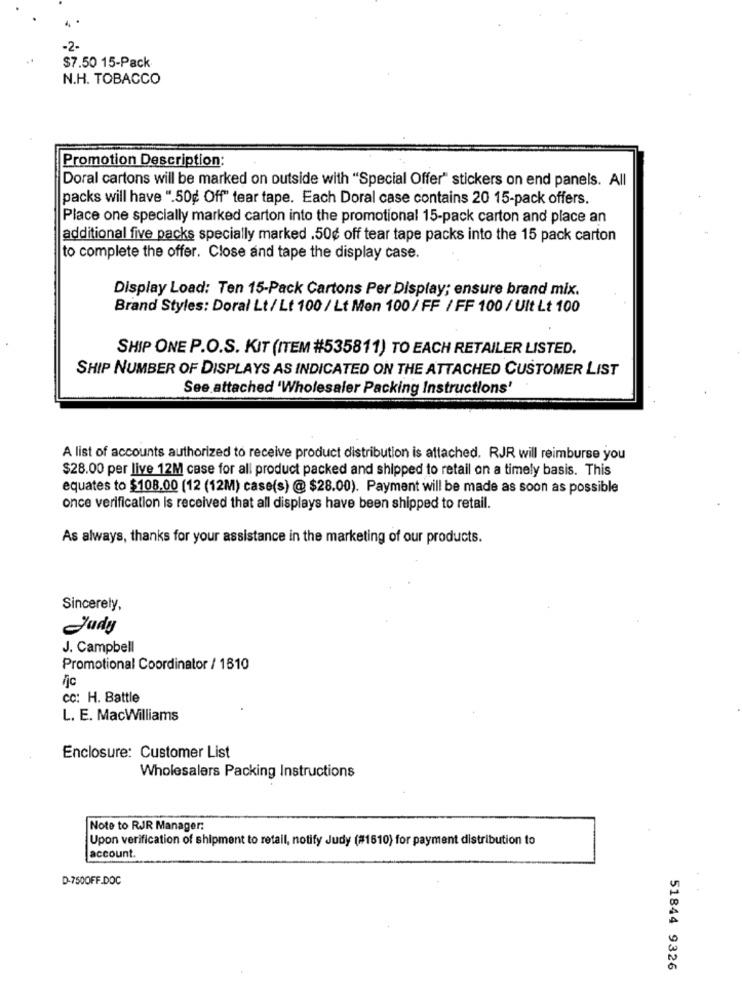
-2-
$7.50 15-Pack
N.H. TOBACCO
Promotion Description:
Doral cartons will be marked on outside with "Special Offer" stickers on end panels. All
packs will have ".50g Off" tear tape. Each Doral case contains 20 15-pack offers.
Place one specially marked carton into the promotional 15-pack carton and place an
additional five packs specially marked .50¢ off tear tape packs into the 15 pack carton
to complete the offer. Close and tape the display case.
Display Load: Ten 15-Pack Cartons Per Display; ensure brand mix.
Brand Styles: Doral Lt / Lt 100 / Lt Men 100 / FF / FF 100 / Ult Lt 100
SHIP ONE P.O.S. KIT (ITEM #535811) TO EACH RETAILER LISTED.
SHIP NUMBER OF DISPLAYS AS INDICATED ON THE ATTACHED CUSTOMER LIST
See attached 'Wholesaler Packing Instructions'
A list of accounts authorized to receive product distribution is attached. RJR will reimburse you
$28.00 per live 12M case for all product packed and shipped to retail on a timely basis. This
equates to $108.00 (12 (12M) case(s) @ $28.00). Payment will be made as soon as possible
once verification is received that all displays have been shipped to retail.
As always, thanks for your assistance in the marketing of our products.
Sincerely,
Judy
J. Campbell
Promotional Coordinator / 1810
fjc
cc: H. Battle
L. E. MacWilliams
Enclosure: Customer List
Wholesalers Packing Instructions
Note to RJR Manager:
Upon verification of shipment to retail, notify Judy (#1610) for payment distribution to
account.
D-7500FF.DOC
51844 9326